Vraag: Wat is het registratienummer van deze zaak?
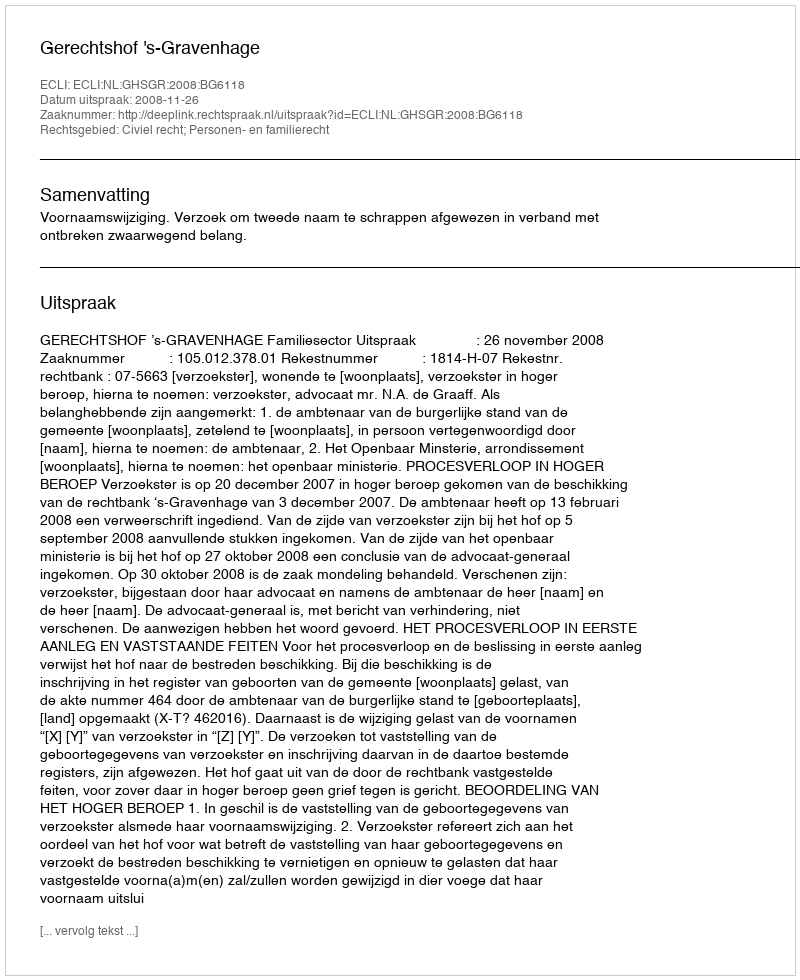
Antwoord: http://deeplink.rechtspraak.nl/uitspraak?id=ECLI:NL:GHSGR:2008:BG6118